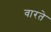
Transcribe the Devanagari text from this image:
वारते